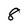
Character: 8